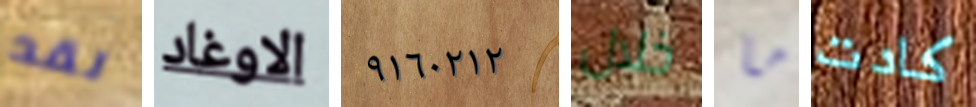
لقد الاوغاد ٩١٦٠٢١٢ خلال ما كادت